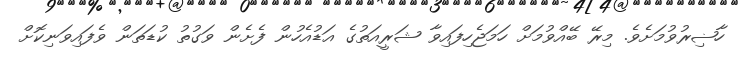
ހާޟިރުވުމަށެވެ. މިރޭ ބޭއްވުމަށް ހަމަޖެހިފައިވާ ޝަރީއަތުގެ އަޑުއެހުން ފެށެން ވަގުތު ކުޑަތަން ވެފައިވަނިކޮށް